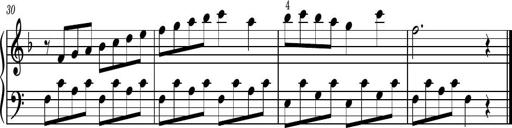
Title: Easy Progressive Lessons and 4 Sonatinas
Composer: Thomas Attwood